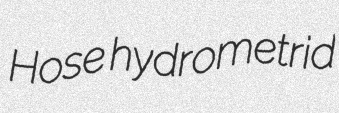
Hose hydrometrid